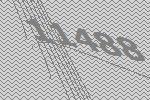
11488